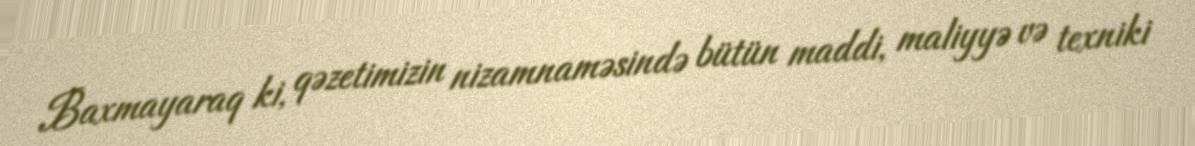
Baxmayaraq ki, qəzetimizin nizamnaməsində bütün maddi, maliyyə və texniki